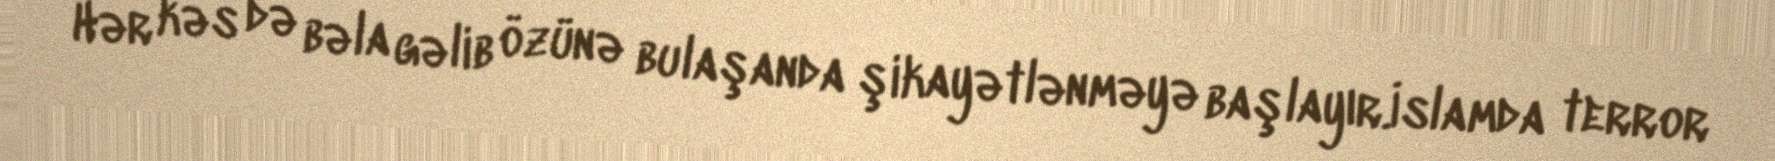
Hər kəs də bəla gəlib özünə bulaşanda şikayətlənməyə başlayır.İslamda terror